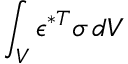
\int _ { V } { \boldsymbol { \epsilon } } ^ { * T } { \boldsymbol { \sigma } } \, d V